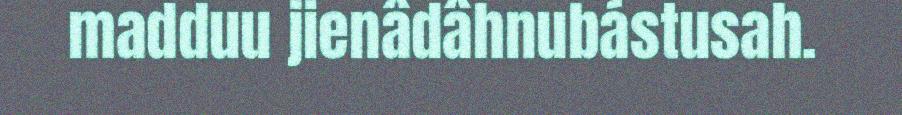
madduu jienâdâhnubástusah.